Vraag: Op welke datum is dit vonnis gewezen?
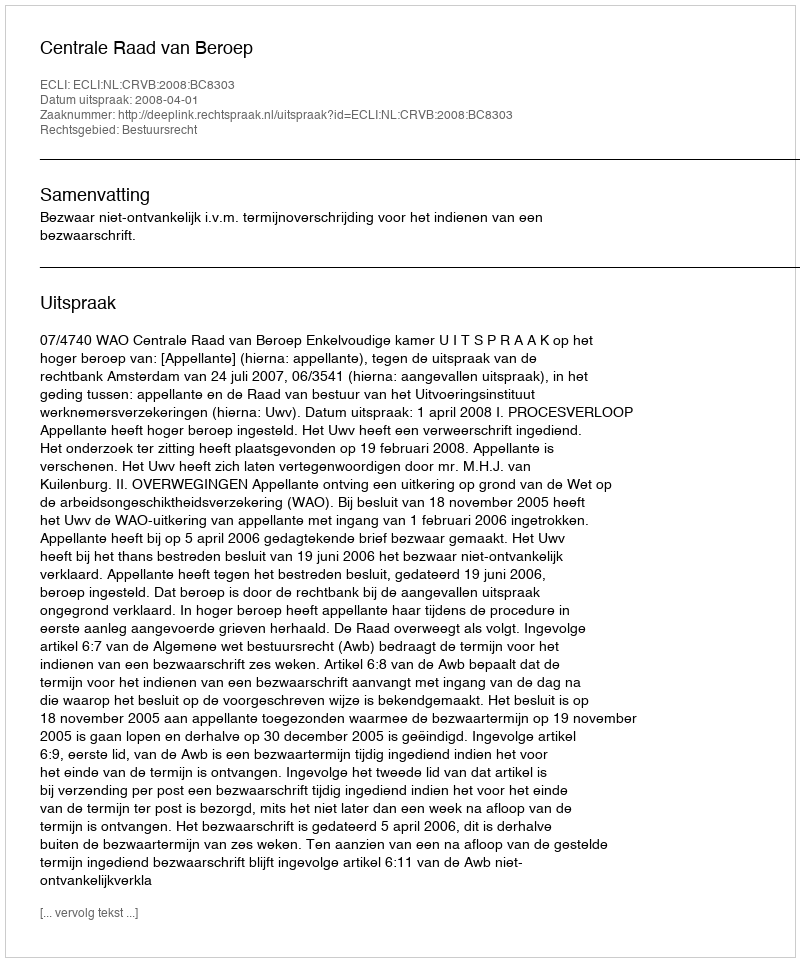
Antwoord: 2008-04-01